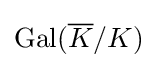
\mathrm {Gal} ({\overline {K}}/K)